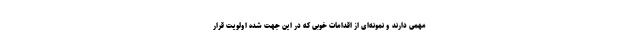
مهمی دارند و نمونه‌ای از اقدامات خوبی که در این جهت شده اولویت قرار